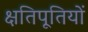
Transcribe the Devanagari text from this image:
क्षतिपूतियों